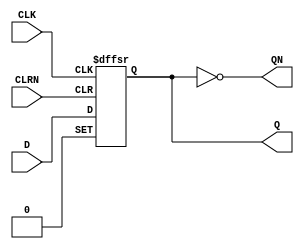
// Copyright (C) 1991-2013 Altera Corporation
// Your use of Altera Corporation's design tools, logic functions 
// and other software and tools, and its AMPP partner logic 
// functions, and any output files from any of the foregoing 
// (including device programming or simulation files), and any 
// associated documentation or information are expressly subject 
// to the terms and conditions of the Altera Program License 
// Subscription Agreement, Altera MegaCore Function License 
// Agreement, or other applicable license agreement, including, 
// without limitation, that your use is for the sole purpose of 
// programming logic devices manufactured by Altera and sold by 
// Altera or its authorized distributors.  Please refer to the 
// applicable agreement for further details.

// PROGRAM		"Quartus II 64-Bit"
// VERSION		"Version 13.0.1 Build 232 06/12/2013 Service Pack 1 SJ Web Edition"
// CREATED		"Tue Mar 16 01:21:07 2021"

module D_FlipFiop(
	CLK,
	CLRN,
	D,
	Q,
	QN
);


input wire	CLK;
input wire	CLRN;
input wire	D;
output wire	Q;
output wire	QN;

wire	SYNTHESIZED_WIRE_0;
reg	DFF_3;

assign	Q = DFF_3;
assign	SYNTHESIZED_WIRE_0 = 1;




always@(posedge CLK or negedge CLRN or negedge SYNTHESIZED_WIRE_0)
begin
if (!CLRN)
	begin
	DFF_3 <= 0;
	end
else
if (!SYNTHESIZED_WIRE_0)
	begin
	DFF_3 <= 1;
	end
else
	begin
	DFF_3 <= D;
	end
end

assign	QN =  ~DFF_3;



endmodule